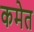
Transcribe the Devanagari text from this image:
कमेत